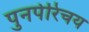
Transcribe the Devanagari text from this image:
पुनर्परिचय